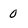
Character: 0